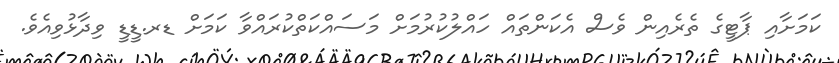
ކަމަށާއި ޕާޓީގެ ތެރެއިން ވެސް އެކަންތައް ހައްލުކުރުމަށް މަސައްކަތްކުރައްވާ ކަމަށް ޑރ.ޑީޑީ ވިދާޅުވިއެވެ.